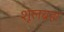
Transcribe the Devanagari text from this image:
शूलब्रह्म